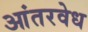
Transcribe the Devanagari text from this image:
आंतरवेध